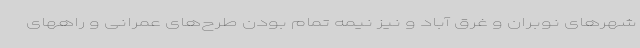
شهرهای نوبران و غرق آباد و نیز نیمه تمام بودن طرح‌های عمرانی و راههای